Annual report on the working of the mental hospitals in the Madras Presidency - 1912-1932
Year: 1912
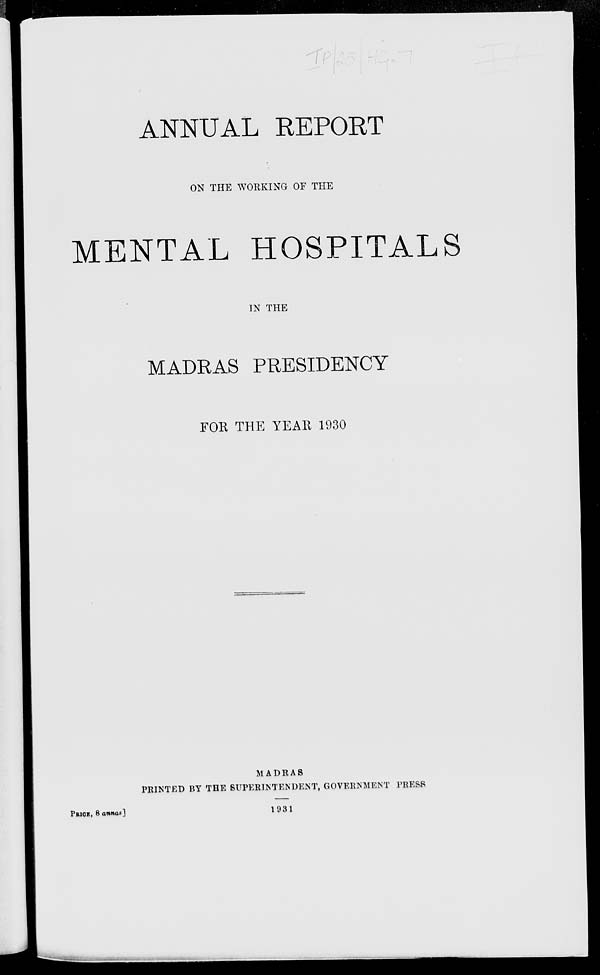
ANNUAL REPORT
ON THE WORKING OF THE
MENTAL HOSPITALS
IN THE
MADRAS PRESIDENCY
FOR THE YEAR 1930
MADRAS
PRINTED BY THE SUPERINTENDENT, GOVERNMENT PRESS
1931
PRICE, 8 annas]